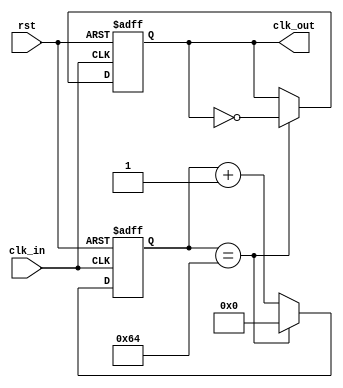

module clkdividera(clk_in, rst, clk_out);
  parameter FINAL_COUNT = 100;
  input clk_in;
  input rst;
  output clk_out;
  
  reg clk_out;
  reg [30:0] count = 0; 
    
  always @(posedge clk_in or posedge rst) begin
    if (rst == 1) begin
		  count = 0;
		  clk_out = 0;
    end
	 else
	   if (count == FINAL_COUNT) begin
		  clk_out = ~clk_out;
		  count = 0;
		end
		else begin
		  count = count + 1;
		end
  end

endmodule